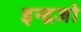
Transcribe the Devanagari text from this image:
इन्द्रजो